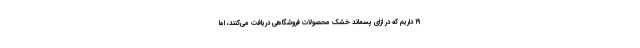
۱۹ داریم که در ازای پسماند خشک محصولات فروشگاهی دریافت می‌کنند، اما